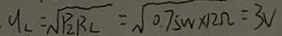
y _ { 2 } = \sqrt { P _ { 2 } R _ { 2 } } = \sqrt { 0 . 7 5 W \times 1 2 \Omega } = 3 V